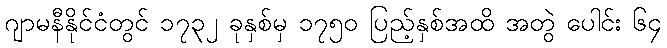
ဂျာမနီနိုင်ငံတွင် ၁၇၃၂ ခုနှစ်မှ ၁၇၅၀ ပြည့်နှစ်အထိ အတွဲ ပေါင်း ၆၄